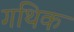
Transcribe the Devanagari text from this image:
गथिक